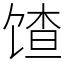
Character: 馇